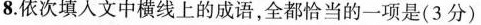
8.依次填人文中横线上的成语，全都恰当的一项是(3分)